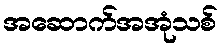
အဆောက်အအုံသစ်